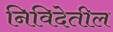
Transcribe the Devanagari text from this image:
निविदेतील